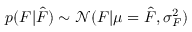
p ( F | \hat { F } ) \sim \mathcal { N } ( F | \mu = \hat { F } , \sigma _ { F } ^ { 2 } )